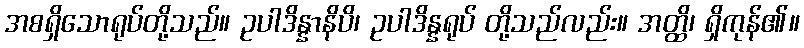
အစရှိသောရုပ်တို့သည်။ ဥပါဒိန္နာနိပိ၊ ဥပါဒိန္နရုပ် တို့သည်လည်း။ အတ္ထိ၊ ရှိကုန်၏။